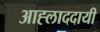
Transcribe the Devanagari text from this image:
आह्लाददायी